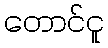
တောင်ငူ